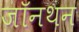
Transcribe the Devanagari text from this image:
जॉनथन